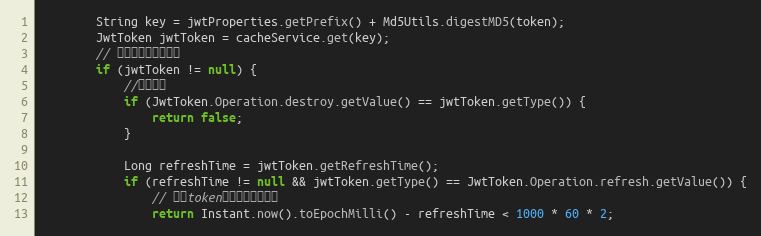
Language: Java
        String key = jwtProperties.getPrefix() + Md5Utils.digestMD5(token);
        JwtToken jwtToken = cacheService.get(key);
        // 判断是否在黑名单中
        if (jwtToken != null) {
            //销毁状态
            if (JwtToken.Operation.destroy.getValue() == jwtToken.getType()) {
                return false;
            }

            Long refreshTime = jwtToken.getRefreshTime();
            if (refreshTime != null && jwtToken.getType() == JwtToken.Operation.refresh.getValue()) {
                // 刷新token二分钟内可以使用
                return Instant.now().toEpochMilli() - refreshTime < 1000 * 60 * 2;